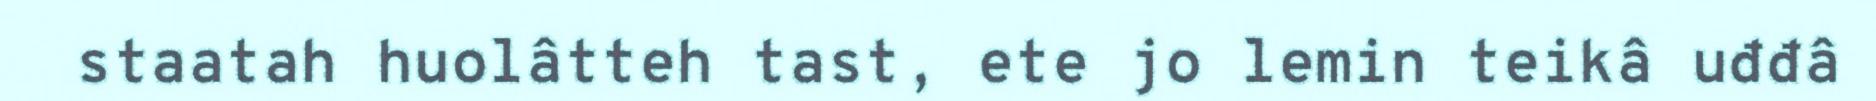
staatah huolâtteh tast, ete jo lemin teikâ uđđâ